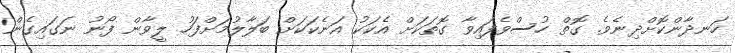
ހަނދާންކޮށްދިނެވެ. ގޮތް ހުސްވެފައިވާ ގޮތަކަށް އެކަކު އަނެކަކަށް ބަލާލުމަށްފަހު ލީވާން ފޯނު ނަގައިގެން